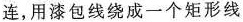
连，用漆包线绕成一个矩形线